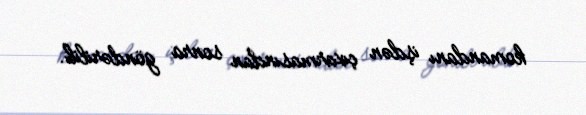
komandanı işdən çıxarmasından sonra göndərilib.